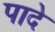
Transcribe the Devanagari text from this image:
पादे